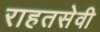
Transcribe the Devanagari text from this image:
राहतसेवी